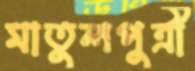
মাতুলপুত্রী